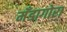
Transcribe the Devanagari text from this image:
मँडागोरा